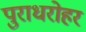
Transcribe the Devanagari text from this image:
पुराधरोहर